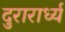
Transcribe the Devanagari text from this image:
दुरारार्ध्य